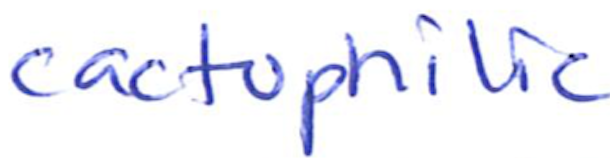
Text: cactophilic
Cross-out: clean
Writing tool: ballpoint